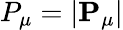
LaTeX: P_{\mu}=|\mathbf{P}_{\mu}|